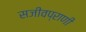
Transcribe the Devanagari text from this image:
सजीवप्राणी